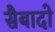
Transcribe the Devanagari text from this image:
सैबादो